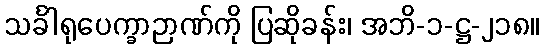
သင်္ခါရုပေက္ခာဉာဏ်ကို ပြဆိုခန်း၊ အဘိ-၁-ဋ္ဌ-၂၁၈။